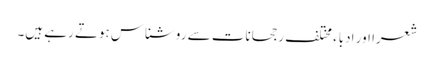
شعرا اور ادباء مختلف رجحانات سے روشناس ہوتے رہے ہیں۔